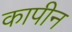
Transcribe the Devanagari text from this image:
कापीन